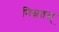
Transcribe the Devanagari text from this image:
निम्नतम्